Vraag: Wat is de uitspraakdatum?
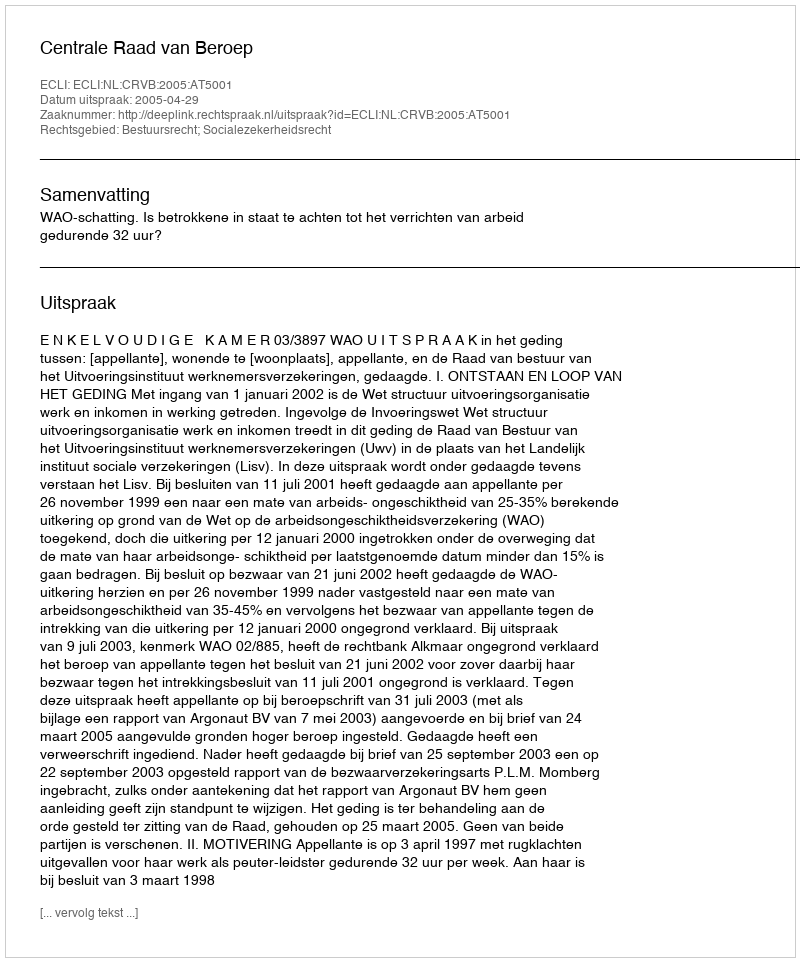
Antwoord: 2005-04-29